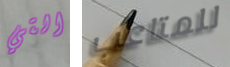
التي للمتاعب